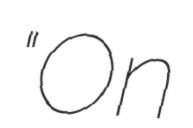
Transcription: "On